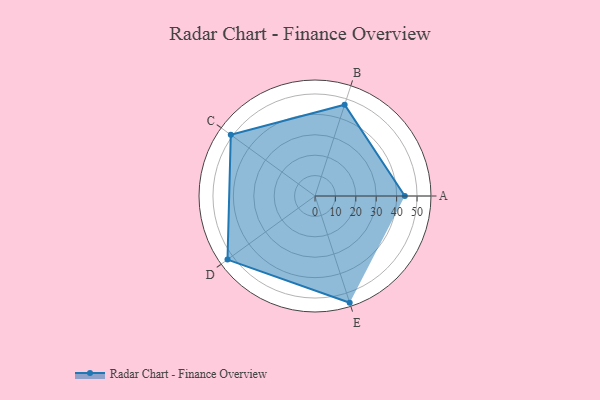
{"axis": {"x": "Skill", "y": "Score"}, "legend": ["Profile"], "data": [{"x": "A", "y": 44.0, "type": "Profile"}, {"x": "B", "y": 47.0, "type": "Profile"}, {"x": "C", "y": 51.0, "type": "Profile"}, {"x": "D", "y": 53.0, "type": "Profile"}, {"x": "E", "y": 55.0, "type": "Profile"}]}